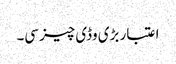
اعتبار بڑی وڈی چیز سی۔